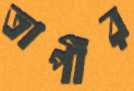
তাপীর